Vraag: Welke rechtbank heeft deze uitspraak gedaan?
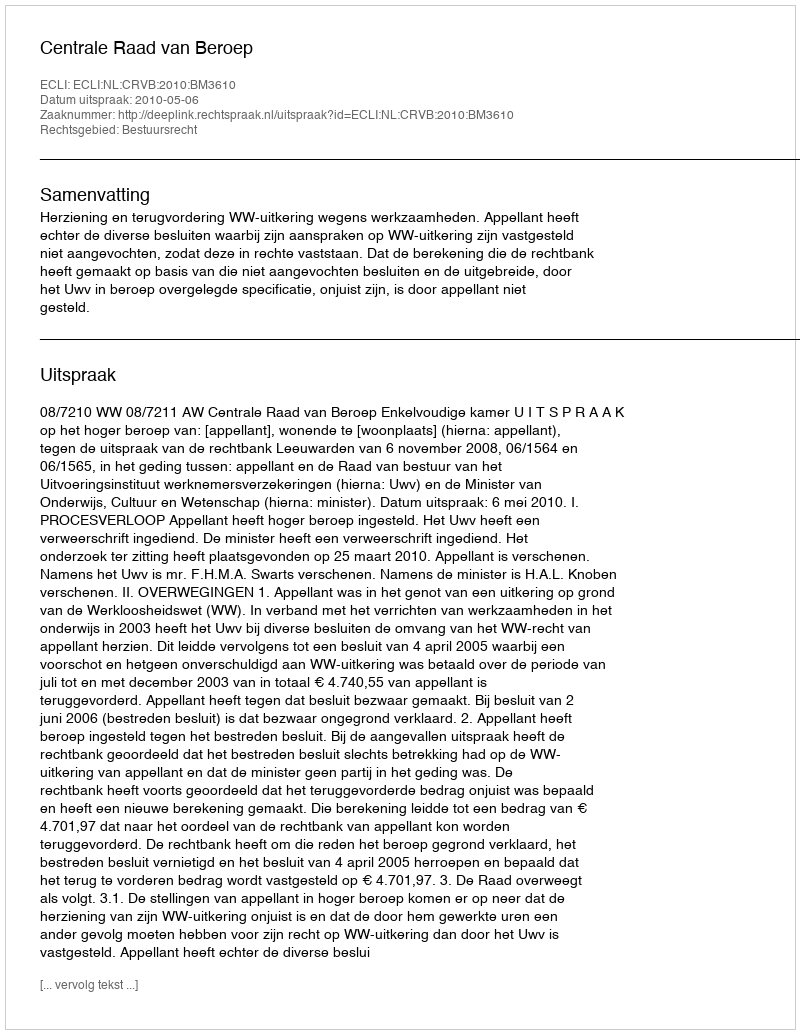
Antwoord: Centrale Raad van Beroep